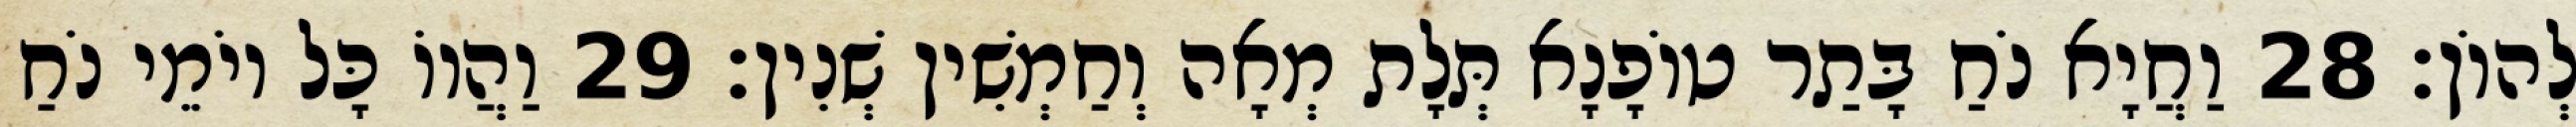
לְהוֹן׃ 28 וַחֲיָא נֹחַ בָּתַר טוֹפָנָא תְּלָת מְאָה וְחַמְשִׁין שְׁנִין׃ 29 וַהֲווֹ כָּל יוֹמֵי נֹחַ